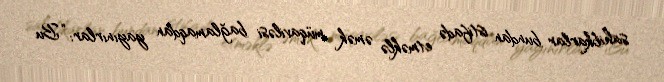
sahibkarlar bundan istifadə etməklə əmək müqaviləsi bağlamaqdan yayınırlar: “Bu